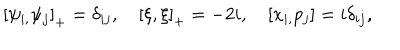
LaTeX: \left[ \psi _ { i , } \psi _ { j } \right] _ { + } = \delta _ { i j } , \quad \left[ \xi , \xi \right] _ { + } = - 2 i , \quad \left[ x _ { i , } p _ { j } \right] = i \delta _ { i j } ,